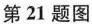
第21题图